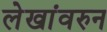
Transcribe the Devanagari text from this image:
लेखांवरुन